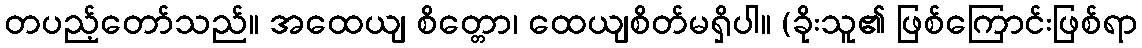
တပည့်တော်သည်။ အထေယျ စိတ္တော၊ ထေယျစိတ်မရှိပါ။ (ခိုးသူ၏ ဖြစ်ကြောင်းဖြစ်ရာ